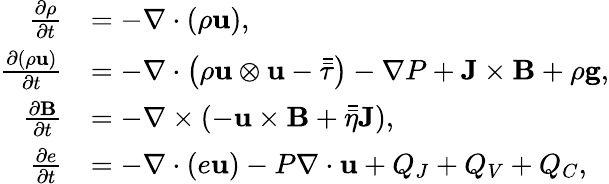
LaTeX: \begin{array}{rl}{\frac{\partial\rho}{\partial t}}&{=-\nabla\cdot(\rho\mathbf{u}),}\\ {\frac{\partial(\rho\mathbf{u})}{\partial t}}&{=-\nabla\cdot\left(\rho\mathbf{u}\otimes\mathbf{u}-\bar{\bar{\tau}}\right)-\nabla P+\mathbf{J}\times\mathbf{B}+\rho\mathbf{g},}\\ {\frac{\partial\mathbf{B}}{\partial t}}&{=-\nabla\times(-\mathbf{u}\times\mathbf{B}+\bar{\bar{\eta}}\mathbf{J}),}\\ {\frac{\partial e}{\partial t}}&{=-\nabla\cdot(e\mathbf{u})-P\nabla\cdot\mathbf{u}+Q_{J}+Q_{V}+Q_{C},}\end{array}